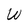
Character: W